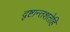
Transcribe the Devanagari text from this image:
दृष्टान्तशतेहि